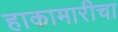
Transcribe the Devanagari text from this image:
हाकामारीचा